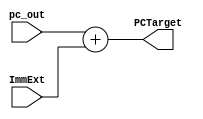
// Design of Adder for result PC Target

module Adder_for_PCTarget(
input pc_out, ImmExt,
output PCTarget
    );
    
    assign PCTarget = pc_out + ImmExt;

endmodule